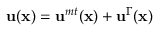
\mathbf { u } ( \mathbf { x } ) = \mathbf { u } ^ { m t } ( \mathbf { x } ) + \mathbf { u } ^ { \Gamma } ( \mathbf { x } )